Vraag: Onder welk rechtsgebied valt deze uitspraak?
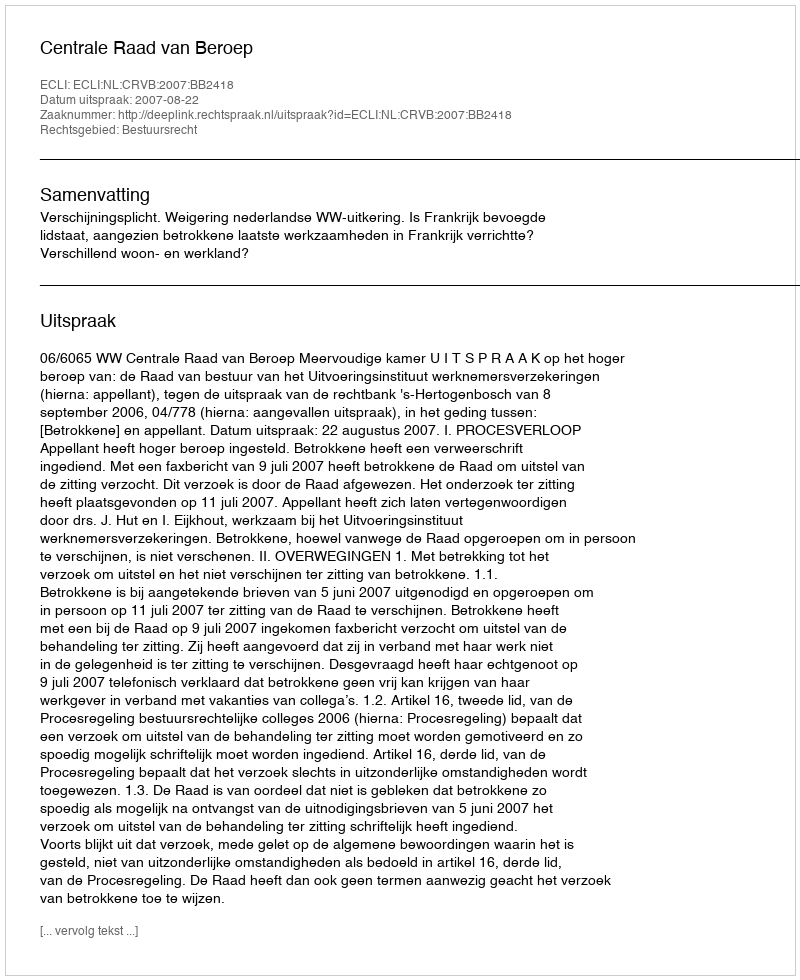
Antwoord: Bestuursrecht